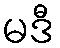
မဒီ